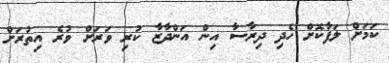
ކަމަށް ލަފާކޮށް ހެދި ދިރާސާ އިން އަންދާޒާ ކުރި ވަރަށް ވުރެ އިތުރަށް